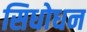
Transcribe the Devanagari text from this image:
सिधोधन